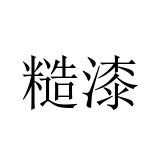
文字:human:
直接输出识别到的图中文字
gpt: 糙漆